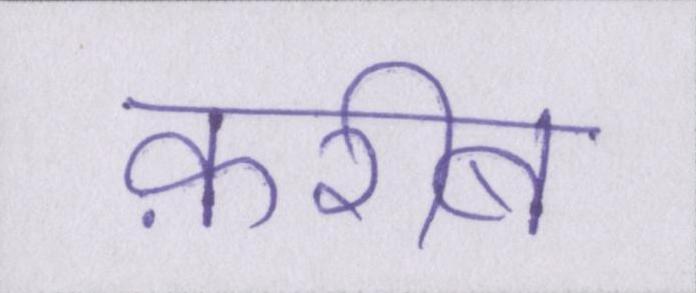
क़रीब